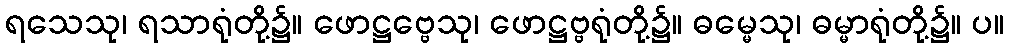
ရသေသု၊ ရသာရုံတို့၌။ ဖောဋ္ဌဗ္ဗေသု၊ ဖောဋ္ဌဗ္ဗရုံတို့၌။ ဓမ္မေသု၊ ဓမ္မာရုံတို့၌။ ပ။